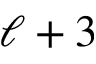
\ell + 3